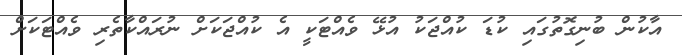
އާކުން ބުނިގޮތުގައި ކުޑަ ކުއްޖަކު އުޅޭ ވެއްޓަކީ އެ ކުއްޖަކަށް ނުރައްކާތެރި ވެއްޓަކަށް